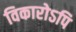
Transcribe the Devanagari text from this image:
विकारोऽपि